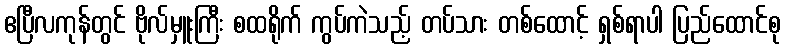
ဧပြီလကုန်တွင် ဗိုလ်မှူးကြီး စထရိုက် ကွပ်ကဲသည့် တပ်သား တစ်ထောင့် ရှစ်ရာပါ ပြည်ထောင်စု